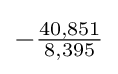
-{\tfrac {40,851}{8,395}}